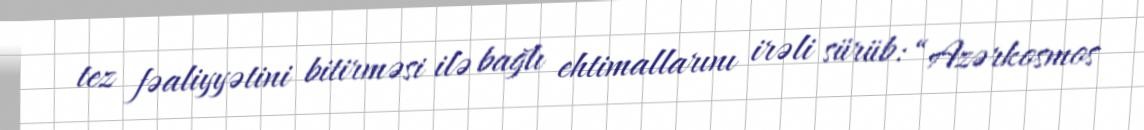
tez fəaliyyətini bitirməsi ilə bağlı ehtimallarını irəli sürüb: “Azərkosmos